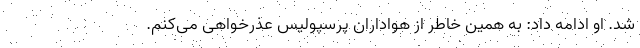
شد. او ادامه داد: به همین خاطر از هواداران پرسپولیس عذرخواهی می‌کنم.